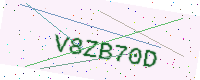
Text: V8ZB70D